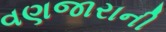
વણજારાની